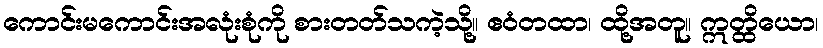
ကောင်းမကောင်းအလုံးစုံကို စားတတ်သကဲ့သို့။ ဧဝံတထာ၊ ထို့အတူ။ ဣတ္ထိယော၊